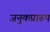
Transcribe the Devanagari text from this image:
जनुकप्रारूप